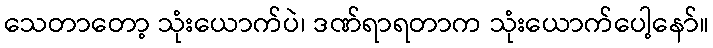
သေတာတော့ သုံးယောက်ပဲ၊ ဒဏ်ရာရတာက သုံးယောက်ပေါ့နော်။